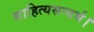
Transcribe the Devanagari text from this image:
साहित्यसन्दर्भ।